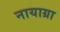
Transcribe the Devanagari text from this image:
नायाग्रा